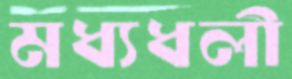
মধ্যধলী